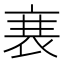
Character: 𮕱